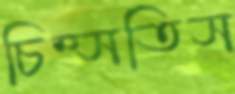
চিম্‌সতিস